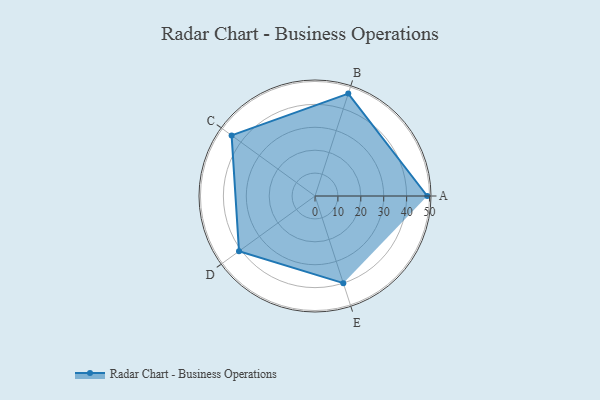
{"axis": {"x": "Skill", "y": "Score"}, "legend": ["Profile"], "data": [{"x": "A", "y": 49.0, "type": "Profile"}, {"x": "B", "y": 47.0, "type": "Profile"}, {"x": "C", "y": 45.0, "type": "Profile"}, {"x": "D", "y": 41.0, "type": "Profile"}, {"x": "E", "y": 40.0, "type": "Profile"}]}